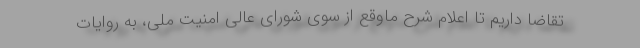
تقاضا داریم تا اعلام شرح ماوقع از سوی شورای عالی امنیت ملی، به روایات